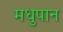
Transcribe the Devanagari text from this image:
मधुपान